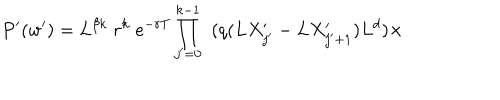
P ^ { \prime } ( w ^ { \prime } ) = L ^ { \beta k } \; r ^ { k } \; e ^ { - r T } \prod _ { j ^ { \prime } = 0 } ^ { k - 1 } \; \; ( q ( L X _ { j ^ { \prime } } ^ { \prime } - L X _ { j ^ { \prime } + 1 } ^ { \prime } ) L ^ { d } ) \times